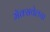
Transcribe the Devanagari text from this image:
मॅक्सवेलचा